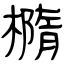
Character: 橢